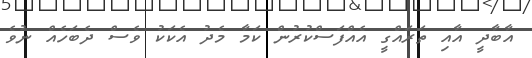
އާބާދީ އާއި ތަރައްގީ އެއްފަސްކުރުން ކަމާ މެދު އެކަކު ވެސް ދެބަހެއް ނުވެ